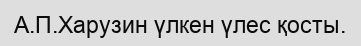
А.П.Харузин үлкен үлес қосты.